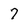
Character: 7